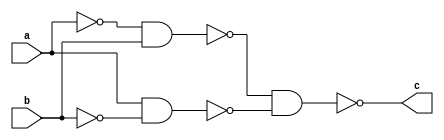
module xor_gate(c,a,b);

output c;
input a,b;

wire ac,bc,x,y;
wire p,q;

nand(ac,a,a);
nand(bc,b,b);

nand(x,ac,b);
nand(y,a,bc);
nand(c,x,y);

endmodule